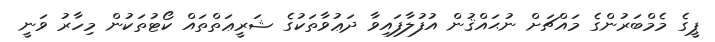
ޕީގެ މެމްބަރުންގެ މައްޗަށް ނުޙައްޤުން އުފުލާފައިވާ ދަޢުވާތަކުގެ ޝަރީޢަތްތައް ކޯޓުތަކުން މިހާރު ވަނީ